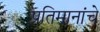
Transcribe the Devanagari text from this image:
प्रतिमानांचे